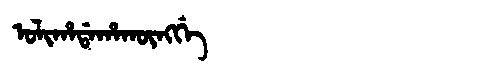
Manchu: ᠣᠯᡳᡥᠠᡩᠠᡥᠠᡴᡡᠩᡤᡝ
Romanization: OLIHADAHAKŪNGGE